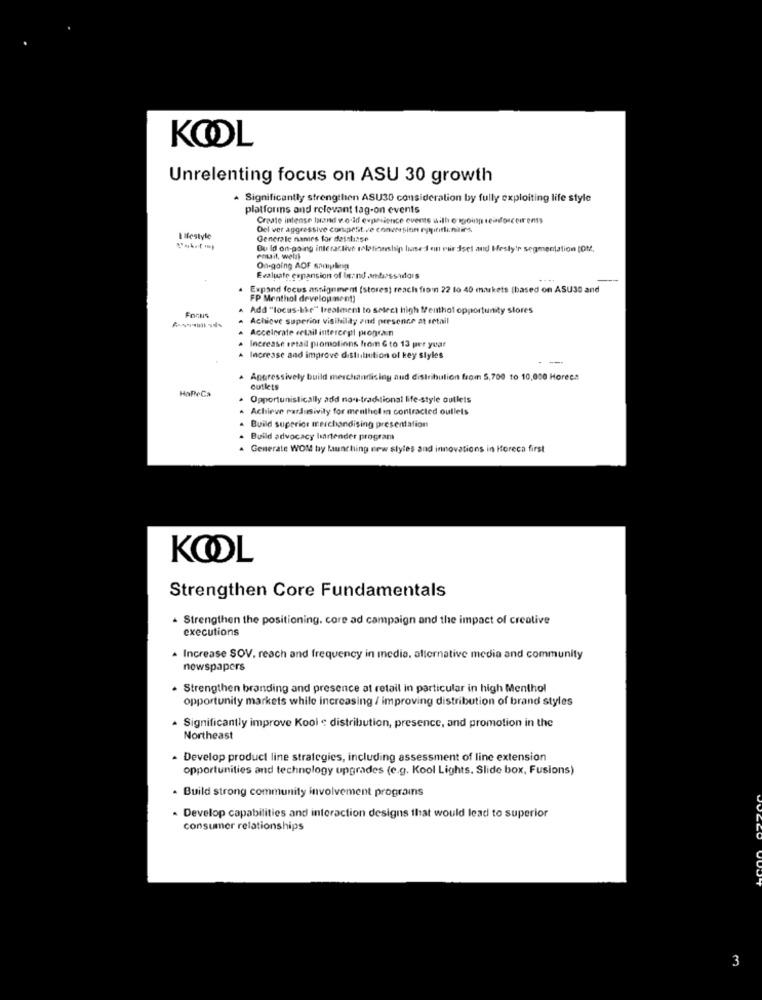
KOOL
Unrelenting focus on ASU 30 growth
A Significantly strengthen ASU30 consideration by fully exploiting life style
platforms and relevant fag-on events
Create intense brand vold evpasience events with o sgoing reinforcements
Del ver aggressive composit ve conversion rogitiflingins
Lifestyle
Generale names for detaliase
Bu Id on-going interactive relationship basedon rir dsel and Hesty'r segmentation [Ot.
Ongoing AOF sampling
Evaluate cepansion of Inand ambassadors
Expand focus assignment (stores) reach fron 22 lo 40 markets (based on ASU30 and
FP Menthol development)
Fonus
Add "locus-hike" treatment to select high Menthol opportunity stores
Achieve superior visibility and presence at detail
Accelerate celail intercepi progran
Increase setadd promotions from G to 13 per year
Increase and improve distitution of key styles
---
Aggressively build merchandising and distribution from 5,700 to 10,000 Horees
HaPeCa
outlets
Opportunistically add non-traditional life-style outlets
. Achieve pardusivily for menthol in contracted outlets
. Build superior merchandising presentation
. Build advocacy bartender program
. Generate WOM bay launching new styles and innovations in Horeca first
KOOL
Strengthen Core Fundamentals
Strengthen the positioning. core ad campaign and the impact of creative
executions
Increase SOV, reach and frequency in media, alternative media and community
newspapers
· Strengthen branding and presence at retail in particular in high Menthol
opportunity markets while increasing / improving distribution of brand styles
Significantly improve Kool e distribution, presence, and promotion in the
Northeast
. Develop product line strategies, including assessment of line extension
opportunities and technology upgrades (e.g. Kool Lights. Slide box, Fusions)
- Build strong community involvement prograins
. Develop capabilities and interaction designs that would lead to superior
consumer relationships
3